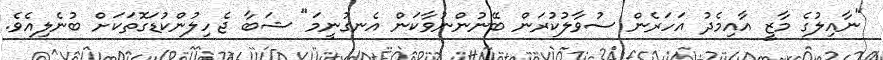
"ނާއިލުގެ މާޒީ އާއިމެދު އަހަރެން ސުވާލުކުރަން ބޭނުންނުވާކަން އެނގުނީމަ" ޝަބާ ޖެހިލުންކުޑަގޮތަކަށް ބުނެލިއެވެ.